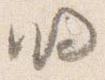
明